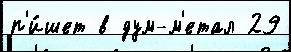
п'и́шет в дум-м'етал 29